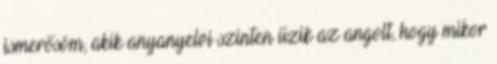
ismerősöm, akik anyanyelvi szinten űzik az angolt, hogy mikor